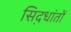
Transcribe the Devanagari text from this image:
सिद़धांतों